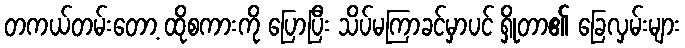
တကယ်တမ်းတော့ ထိုစကားကို ပြောပြီး သိပ်မကြာခင်မှာပင် ရှိုတာ၏ ခြေလှမ်းများ